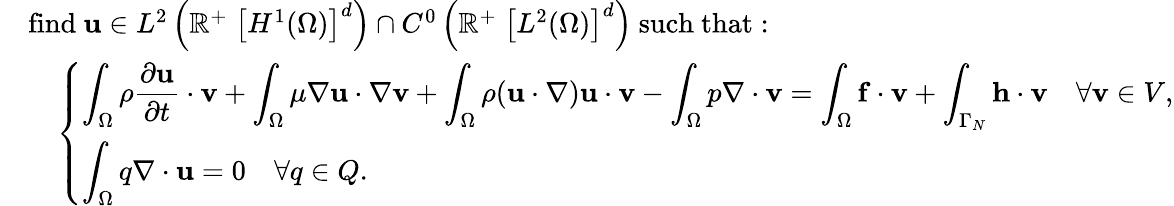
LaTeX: {\begin{array}{rl}&{{\mathrm{find~}}\mathbf{u}\in L^{2}\left(\mathbb{R}^{+}\; \left[H^{1}(\Omega)\right]^{d}\right)\cap C^{0}\left(\mathbb{R}^{+}\; \left[L^{2}(\Omega)\right]^{d}\right){\mathrm{~such~that:~}}}\\ &{\quad{\left\{ \begin{array}{ll}{\displaystyle\int_{\Omega}\rho{\frac{\partial\mathbf{u}}{\partial t}}\cdot\mathbf{v}+\int_{\Omega}\mu\nabla\mathbf{u}\cdot\nabla\mathbf{v}+\int_{\Omega}\rho(\mathbf{u}\cdot\nabla)\mathbf{u}\cdot\mathbf{v}-\int_{\Omega}p\nabla\cdot\mathbf{v}=\int_{\Omega}\mathbf{f}\cdot\mathbf{v}+\int_{\Gamma_{N}}\mathbf{h}\cdot\mathbf{v}\quad\forall\mathbf{v}\in V,}\\ {\displaystyle\int_{\Omega}q\nabla\cdot\mathbf{u}=0\quad\forall q\in Q.}\end{array}\right.}}\end{array}}